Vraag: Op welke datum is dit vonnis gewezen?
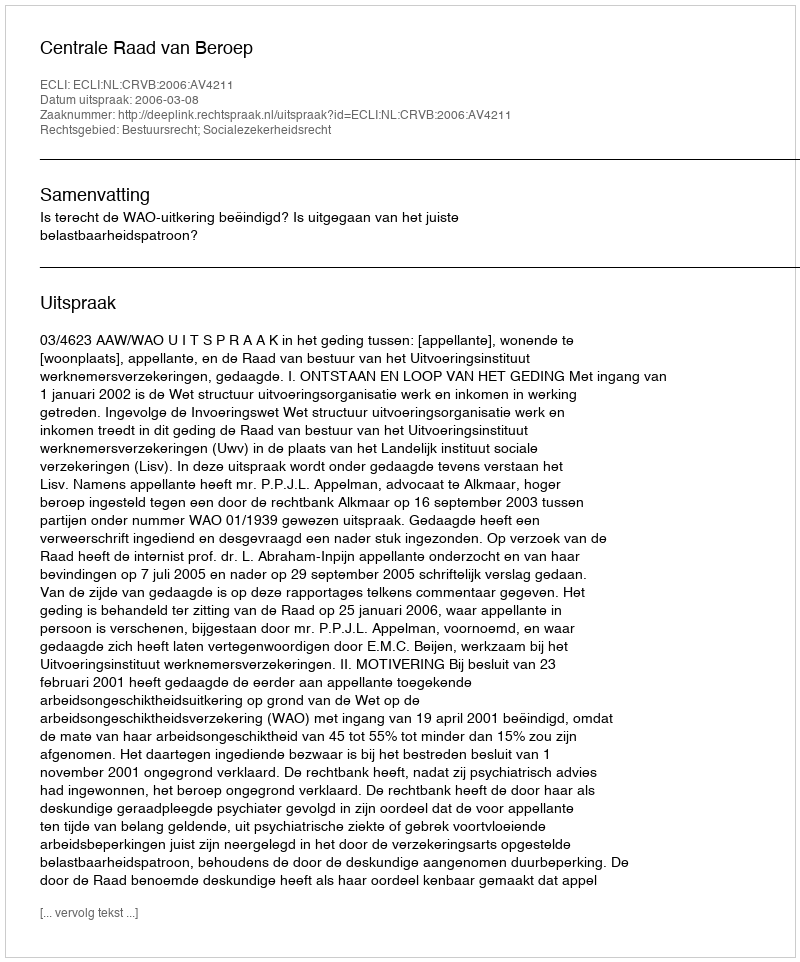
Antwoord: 2006-03-08